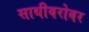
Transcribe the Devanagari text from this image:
साथीबरोबर